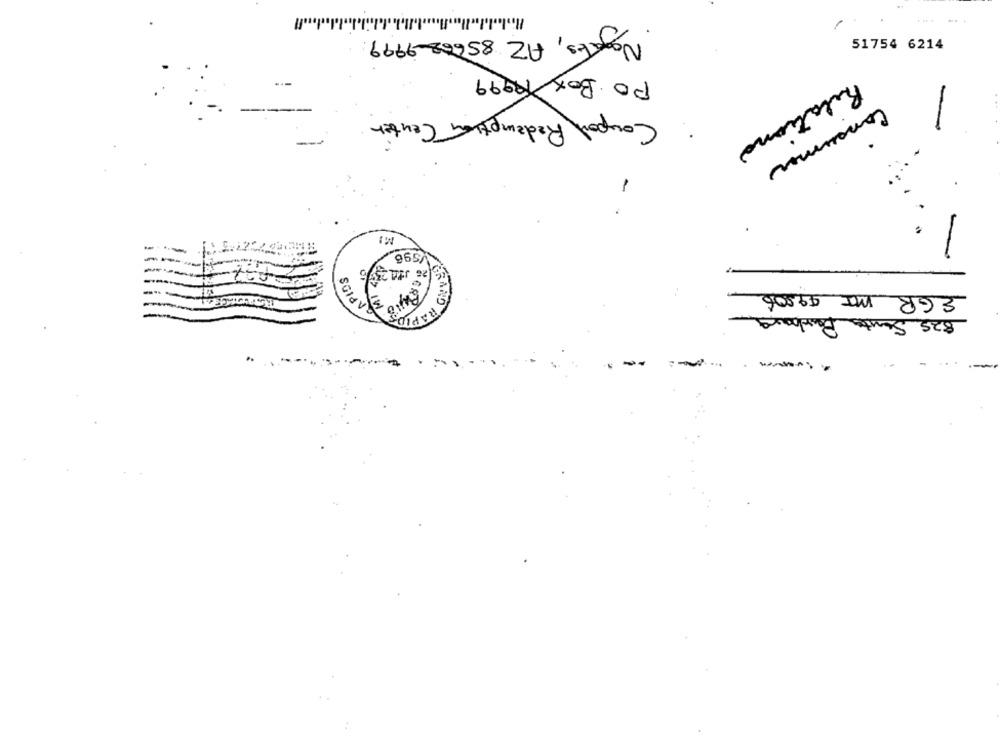
1
Negates, AZ 85608-9999
51754 6214
PO Box 19999
Comport Redemption Center
Relationa
Consumer
--
MI
# ML
EGR MI 49506
825 Santa Bar
SGIEVO
GRAND RAPI
---